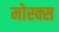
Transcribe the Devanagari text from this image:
मोस्क्स